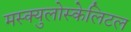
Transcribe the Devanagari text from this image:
मस्क्युलोस्केलिटल